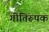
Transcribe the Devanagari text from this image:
गीतिरूपक